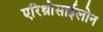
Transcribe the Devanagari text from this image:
एरिथ्रोसाईलोन